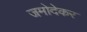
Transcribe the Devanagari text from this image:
जमोदेकर